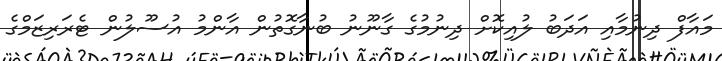
މައާފް ދިނުމާއި އަދަބު ލުއިކޮށް ދިނުމުގެ ގާނޫނު ބުނާގޮތުން އާންމު އުސޫލުން ޓެރަރިޒަމްގެ